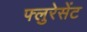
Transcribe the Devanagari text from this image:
फ्लुरेसेंट